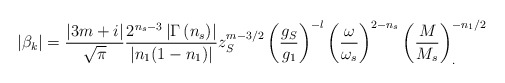
\begin{align*}\left| \beta _k\right|=\frac{\left| 3m+i\right|} {\sqrt{\pi }}\frac{2^{n_s-3} \left|\Gamma \left( n_s\right)\right| }{|n_1(1-n_1)|} z_S^{m-3/2}\left( \frac{g_S}{g_1}\right) ^{-l}\left( \frac {\omega}{\omega_s}\right) ^{2-n_s}\left( \frac{M}{M_s}\right) ^{-n_1/2}_{.}\end{align*}